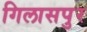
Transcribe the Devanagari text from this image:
गिलासपुर